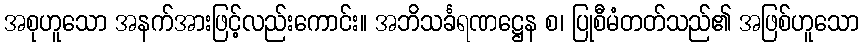
အစုဟူသော အနက်အားဖြင့်လည်းကောင်း။ အဘိသင်္ခရဏဋ္ဌေန စ၊ ပြုစီမံတတ်သည်၏ အဖြစ်ဟူသော